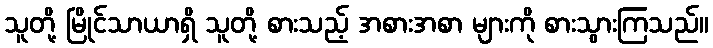
သူတို့ မြိုင်သာယာရှိ သူတို့ စားသည့် အစားအစာ များကို စားသွားကြသည်။